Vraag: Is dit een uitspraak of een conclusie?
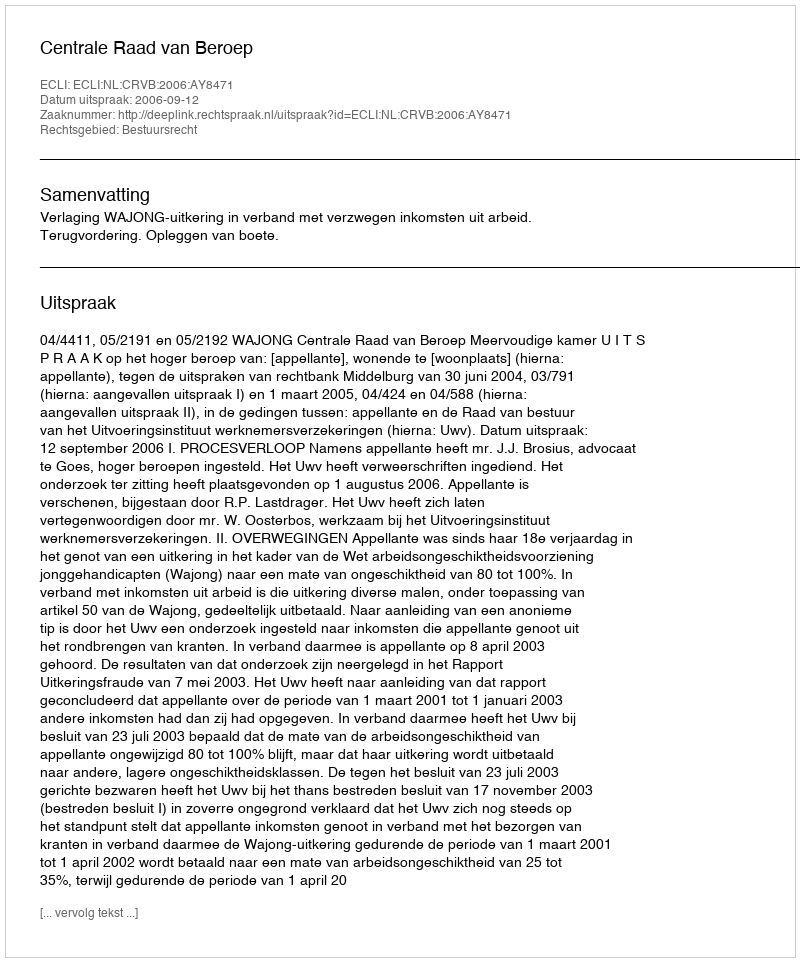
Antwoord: Uitspraak